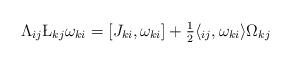
LaTeX: \begin{align*}\Lambda_{ij}\L_{kj}\omega_{ki}=[J_{ki},\omega_{ki}] +\tfrac 12 \langle _{ij}, \omega_{ki} \rangle \Omega_{kj}\end{align*}